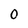
Character: 0